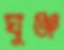
ঘুঞ্জ